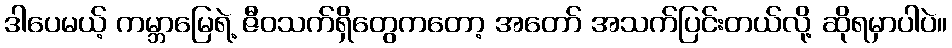
ဒါပေမယ့် ကမ္ဘာမြေရဲ့ ဇီဝသက်ရှိတွေကတော့ အတော် အသက်ပြင်းတယ်လို့ ဆိုရမှာပါပဲ။